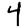
Digit: 4